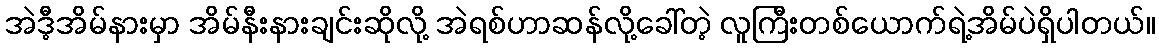
အဲဒီ့အိမ်နားမှာ အိမ်နီးနားချင်းဆိုလို့ အဲရစ်ဟာဆန်လို့ခေါ်တဲ့ လူကြီးတစ်ယောက်ရဲ့အိမ်ပဲရှိပါတယ်။